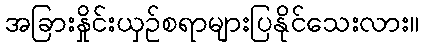
အခြားနှိုင်းယှဉ်စရာများပြနိုင်သေးလား။